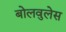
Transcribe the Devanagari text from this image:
बोलवुलेस